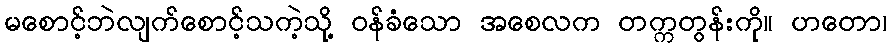
မစောင့်ဘဲလျက်စောင့်သကဲ့သို့ ဝန်ခံသော အစေလက တက္ကတွန်းကို။ ဟတော၊